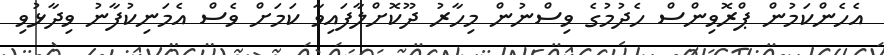
އެހެންކަމުން ޕްރޮވިންސް ހެދުމުގެ ވިސްނުން މިހާރު ދޫކޮށްލާފައިވާ ކަމަށް ވެސް އެމަނިކުފާނު ވިދާޅުވި